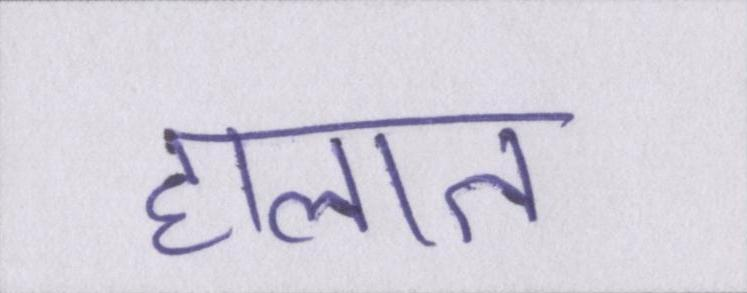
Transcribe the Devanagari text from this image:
हालात